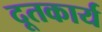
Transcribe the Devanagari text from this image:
दूतकार्य